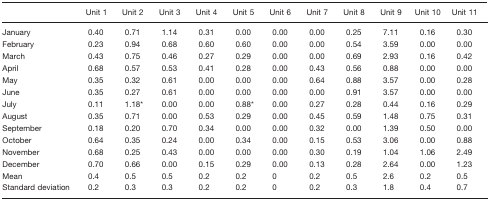
<table><thead><tr><td>[EMPTY_CELL]</td><td><b>Unit 1</b></td><td><b>Unit 2</b></td><td><b>Unit 3</b></td><td><b>Unit 4</b></td><td><b>Unit 5</b></td><td><b>Unit 6</b></td><td><b>Unit 7</b></td><td><b>Unit 8</b></td><td><b>Unit 9</b></td><td><b>Unit 10</b></td><td><b>Unit 11</b></td></tr></thead><tbody><tr><td>January</td><td>0.40</td><td>0.71</td><td>1.14</td><td>0.31</td><td>0.00</td><td>0.00</td><td>0.00</td><td>0.25</td><td>7.11</td><td>0.16</td><td>0.30</td></tr><tr><td>February</td><td>0.23</td><td>0.94</td><td>0.68</td><td>0.60</td><td>0.60</td><td>0.00</td><td>0.00</td><td>0.54</td><td>3.59</td><td>0.00</td><td>0.00</td></tr><tr><td>March</td><td>0.43</td><td>0.75</td><td>0.46</td><td>0.27</td><td>0.29</td><td>0.00</td><td>0.00</td><td>0.69</td><td>2.93</td><td>0.16</td><td>0.42</td></tr><tr><td>April</td><td>0.68</td><td>0.57</td><td>0.53</td><td>0.41</td><td>0.28</td><td>0.00</td><td>0.43</td><td>0.56</td><td>0.88</td><td>0.00</td><td>0.00</td></tr><tr><td>May</td><td>0.35</td><td>0.32</td><td>0.61</td><td>0.00</td><td>0.00</td><td>0.00</td><td>0.64</td><td>0.88</td><td>3.57</td><td>0.00</td><td>0.28</td></tr><tr><td>June</td><td>0.35</td><td>0.27</td><td>0.61</td><td>0.00</td><td>0.00</td><td>0.00</td><td>0.00</td><td>0.91</td><td>3.57</td><td>0.00</td><td>0.00</td></tr><tr><td>July</td><td>0.11</td><td>1.18*</td><td>0.00</td><td>0.00</td><td>0.88*</td><td>0.00</td><td>0.27</td><td>0.28</td><td>0.44</td><td>0.16</td><td>0.29</td></tr><tr><td>August</td><td>0.35</td><td>0.71</td><td>0.00</td><td>0.53</td><td>0.29</td><td>0.00</td><td>0.45</td><td>0.59</td><td>1.48</td><td>0.75</td><td>0.31</td></tr><tr><td>September</td><td>0.18</td><td>0.20</td><td>0.70</td><td>0.34</td><td>0.00</td><td>0.00</td><td>0.32</td><td>0.00</td><td>1.39</td><td>0.50</td><td>0.00</td></tr><tr><td>October</td><td>0.64</td><td>0.35</td><td>0.24</td><td>0.00</td><td>0.34</td><td>0.00</td><td>0.15</td><td>0.53</td><td>3.06</td><td>0.00</td><td>0.88</td></tr><tr><td>November</td><td>0.68</td><td>0.25</td><td>0.43</td><td>0.00</td><td>0.00</td><td>0.00</td><td>0.30</td><td>0.19</td><td>1.04</td><td>1.06</td><td>2.49</td></tr><tr><td>December</td><td>0.70</td><td>0.66</td><td>0.00</td><td>0.15</td><td>0.29</td><td>0.00</td><td>0.13</td><td>0.28</td><td>2.64</td><td>0.00</td><td>1.23</td></tr><tr><td>Mean</td><td>0.4</td><td>0.5</td><td>0.5</td><td>0.2</td><td>0.2</td><td>0</td><td>0.2</td><td>0.5</td><td>2.6</td><td>0.2</td><td>0.5</td></tr><tr><td>Standard deviation</td><td>0.2</td><td>0.3</td><td>0.3</td><td>0.2</td><td>0.2</td><td>0</td><td>0.2</td><td>0.3</td><td>1.8</td><td>0.4</td><td>0.7</td></tr></tbody></table>